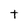
Character: t